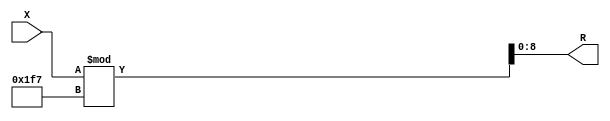
module x_200_mod_503_reg(
    input [200:1] X,
    output [9:1] R
    );


assign R = X % 503;

endmodule